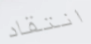
انتقاد